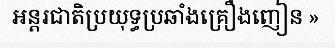
អន្តរជាតិប្រយុទ្ធប្រឆាំងគ្រឿងញៀន »